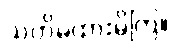
သတိမထားမိကြ။